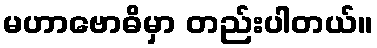
မဟာဗောဓိမှာ တည်းပါတယ်။